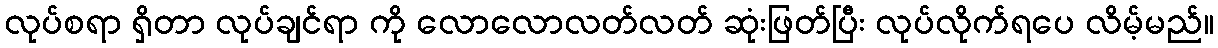
လုပ်စရာ ရှိတာ လုပ်ချင်ရာ ကို လောလောလတ်လတ် ဆုံးဖြတ်ပြီး လုပ်လိုက်ရပေ လိမ့်မည်။